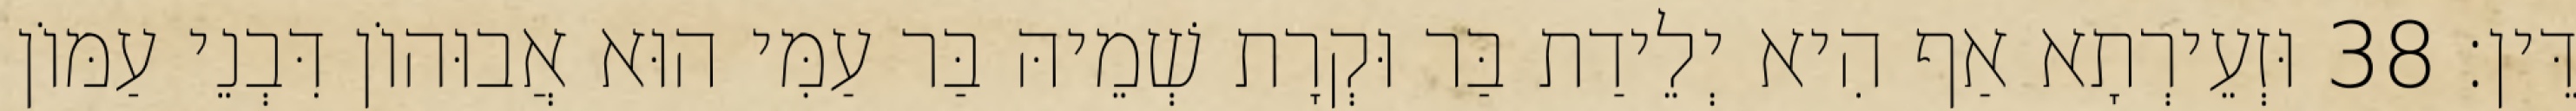
דֵּין׃ 38 וּזְעֵירְתָא אַף הִיא יְלֵידַת בַּר וּקְרָת שְׁמֵיהּ בַּר עַמִּי הוּא אֲבוּהוֹן דִּבְנֵי עַמּוֹן